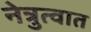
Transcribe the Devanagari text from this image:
नेत्रुत्वात